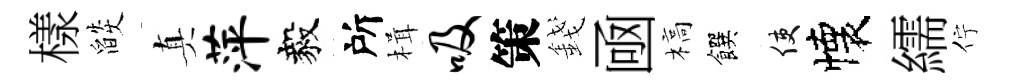
樣燄真萍毅所楫吸策錢凾槁饌使懐繻佇